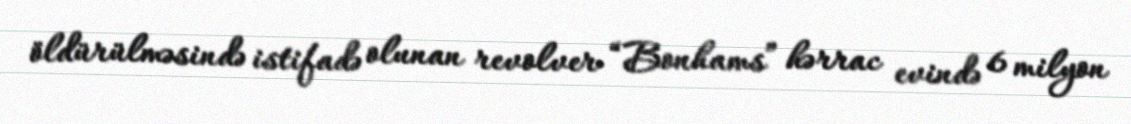
öldürülməsində istifadə olunan revolver “Bonhams” hərrac evində 6 milyon